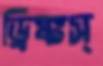
ড্রিঙ্কস্